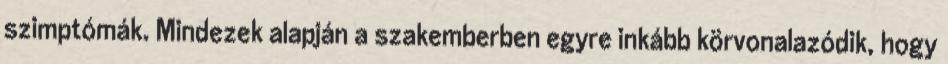
szimptómák. Mindezek alapján a szakemberben egyre inkább körvonalazódik, hogy